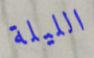
الليلة